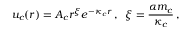
u _ { c } ( r ) = A _ { c } r ^ { \xi } e ^ { - \kappa _ { c } r } \, , \, \, \, \xi = \frac { \alpha m _ { c } } { \kappa _ { c } } \, ,